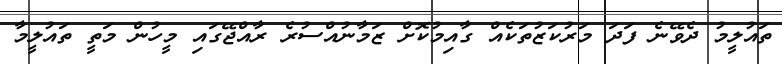
ތައުލީމު ދެވޭނެ ފަދަ މަރުކަޒުތަކެއް ގާއިމުކޮށް ޒަމާނުއްސުރެ ރާއްޖޭގައި މީހުން މަތީ ތައުލީމާ